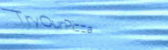
TryOurPizza